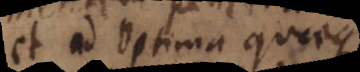
et ad optima quaeque